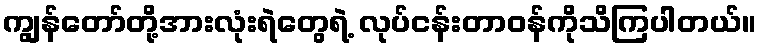
ကျွန်တော်တို့အားလုံးရဲတွေရဲ့ လုပ်ငန်းတာဝန်ကိုသိကြပါတယ်။